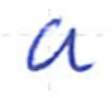
Text: a
Cross-out: clean
Writing tool: ballpoint